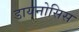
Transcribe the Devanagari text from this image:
डायनोसिस